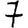
Digit: 7